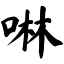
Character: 啉